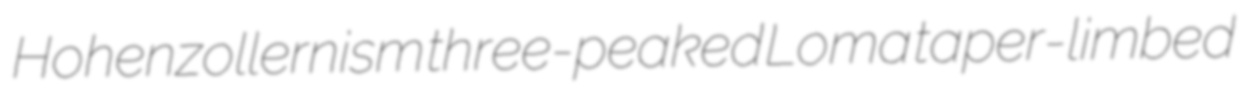
Hohenzollernism three-peaked Loma taper-limbed